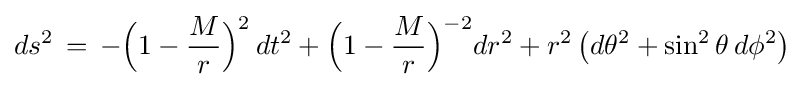
ds^{2}\,=\,-{\Big (}1-{\frac {M}{r}}{\Big )}^{2}\,dt^{2}+{\Big (}1-{\frac {M}{r}}{\Big )}^{-2}dr^{2}+r^{2}\,{\big (}d\theta ^{2}+\sin ^{2}\theta \,d\phi ^{2}{\big )}